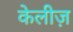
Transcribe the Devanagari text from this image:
केलीज़